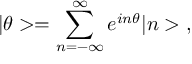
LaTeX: | \theta > = \sum _ { n = - \infty } ^ { \infty } e ^ { i n \theta } | n > \; ,